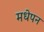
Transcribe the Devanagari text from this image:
मधेपन